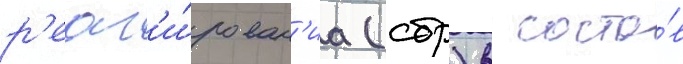
р'еаг'и́рован'иа (сбр) в соста́в